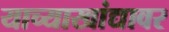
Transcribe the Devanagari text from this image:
याच्याखांद्यावर